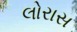
લોરાસ